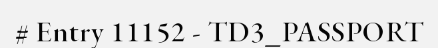
# Entry 11152 - TD3_PASSPORT